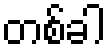
တစ်ခါ